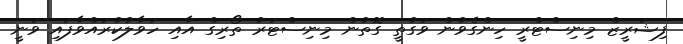
ފިޝަރީޒް މިނިސްޓްރީ ހިންގެވުން ވަގުތީ ގޮތުން މިނިސްޓަރު ތޯރިގް އާއި ހަވާލުކުރައްވާފައި ވަނީ